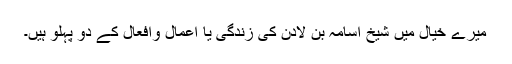
میرے خیال میں شیخ اسامہ بن لادن کی زندگی یا اعمال وافعال کے دو پہلو ہیں۔